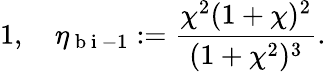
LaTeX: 1,\quad\eta_{\mathrm{~b~i~}-1}:=\frac{\chi^{2}(1+\chi)^{2}}{(1+\chi^{2})^{3}}.